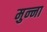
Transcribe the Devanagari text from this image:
मुन्‍ना